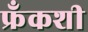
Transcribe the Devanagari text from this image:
फ्रँकशी